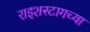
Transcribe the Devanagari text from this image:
राइशस्टागच्या